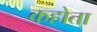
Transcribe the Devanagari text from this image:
कहोता